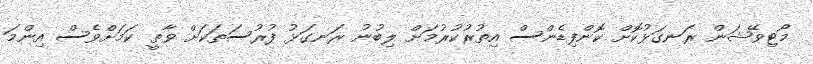
މޯޓިވޭޝަން ރަނގަޅުކޮށް ކޮންފިޑެންސް އިތުރުކުރުމަށް ލިބުނު ރަނގަޅު ފުރުސަތަކަށް ވާތީ ކަމަށްވެސް އިންމަ